Annual vaccination report of Bihar and Orissa - 1911-1928
Year: 1911
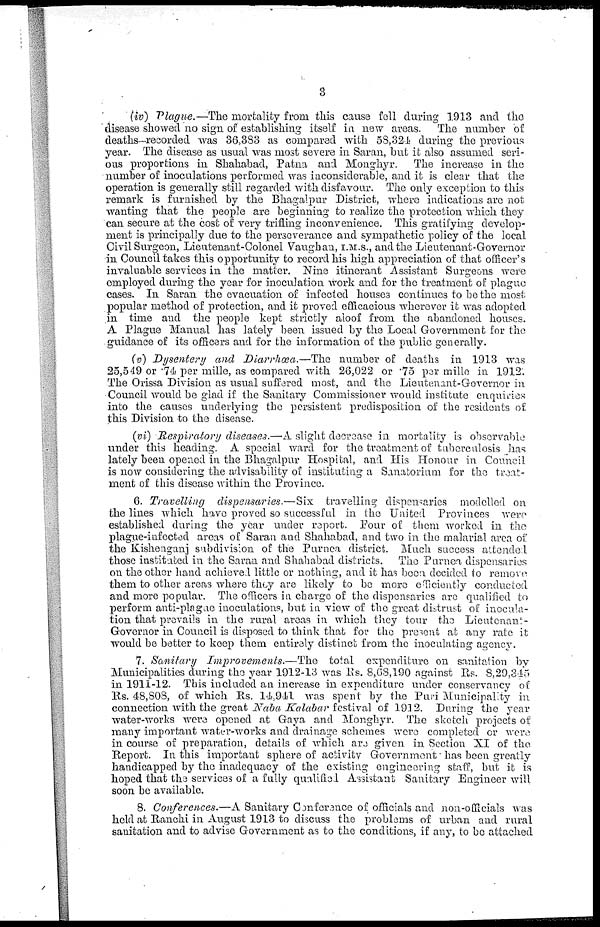
3
(iv) Plague.— The mortality from this cause fell during 1913 and the
disease showed no sign of establishing itself in new areas. The number of
deaths—recorded was 36,383 as compared with 58,324 during the previous
year. The disease as usual was most severe in Saran, but it also assumed seri-
ous proportions in Shahabad, Patna and Monghyr. The increase in the
number of inoculations performed was inconsiderable, and it is clear that the
operation is generally still regarded with disfavour. The only exception to this
remark is furnished by the Bhagalpur District, where indications are not
wanting that the people are beginning to realize the protection which they
can secure at the cost of very trifling inconvenience. This gratifying develop-
ment is principally due to the perseverance and sympathetic policy of the local
Civil Surgeon, Lieutenant-Colonel Vaughan, I.M.S., and the Lieutenant-Governor
in Council takes this opportunity to record his high appreciation of that officer's
invaluable services in the matter. Nine itinerant Assistant Surgeons were
employed during the year for inoculation work and for the treatment of plague
cases. In Saran the evacuation of infected houses continues to be the most
popular method of protection, and it proved efficacious wherever it was adopted
in time and the people kept strictly aloof from the abandoned houses.
A Plague Manual has lately been issued by the Local Government for the
guidance of its officers and for the information of the public generally.
(v) Dysentery and Diarrhœa.—The number of deaths in 1913 was
25,549 or .74 per mille, as compared with 26,022 or .75 per mille in 1912.
The Orissa Division as usual suffered most, and the Lieutenant-Governor in
Council would be glad if the Sanitary Commissioner would institute enquiries
into the causes underlying the persistent predisposition of the residents of
this Division to the disease.
(vi) Respiratory diseases.—A slight decrease in mortality is observable
under this heading. A special ward for the treatment of tuberculosis has
lately been opened in the Bhagalpur Hospital, and His Honour in Council
is now considering the advisability of instituting a Sanatorium for the treat-
ment of this disease within the Province.
6. Travelling dispensaries.—Six travelling dispensaries modelled on
the lines which have proved so successful in the United Provinces were
established during the year under report. Four of them worked in the
plague-infected areas of Saran and Shahabad, and two in the malarial area of
the Kishenganj subdivision of the Purnea district. Much success attended
those instituted in the Saran and Shahabad districts. The Purnea dispensaries
on the other hand achieved little or nothing, and it has been decided to remove
them to other areas where they are likely to be more efficiently conducted
and more popular. The officers in. charge of the dispensaries are qualified to
perform anti-plague inoculations, but in view of the great distrust of inocula-
tion that prevails in the rural areas in which they tour the Lieutenant-
Governor in Council is disposed to think that for the present at any rate it
would be better to keep them entirely distinct from the inoculating agency.
7. Sanitary Improvements.—The
total expenditure on sanitation by
Municipalities during the year 1912-13 was Rs. 8,68,190 against Rs. 8,29,345
in 1911-12. This included an increase in expenditure under conservancy of
Rs. 48,808, of which Rs. 14,941 was spent by the Puri Municipality in
connection with the great Naba Kalabar festival of 1912. During the year
water-works were opened at Gaya and Monghyr. The sketch projects of
many important water-works and drainage schemes were completed or were
in course of preparation, details of which are given in Section XI of the
Report. In this important sphere of activity Government has been greatly
handicapped by the inadequacy of the existing engineering staff, but it is
hoped that the services of a fully qualified Assistant Sanitary Engineer will
soon be available.
8. Conferences.—A Sanitary Conference of officials and non-officials was
held at Ranchi in August 1913 to discuss the problems of urban and rural
sanitation and to advise Government as to the conditions, if any, to be attached